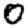
Digit: 0